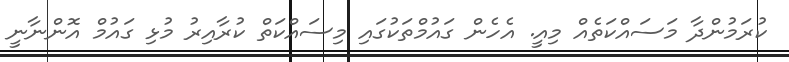
ކުރަމުންދާ މަސައްކަތެއް މިއީ. އެހެން ގައުމްތަކުގައި މިސައްކަތް ކުރާއިރު މުޅި ގައުމް އޮންނާނީ